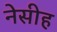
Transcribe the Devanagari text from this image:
नेसीह